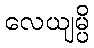
လေယျမ္ပိ